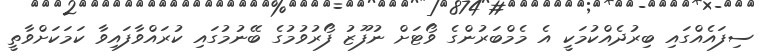
ސިފައެއްގައި ބިރުދެއްކުމަކީ އެ މެމްބަރުންގެ ވޯޓަށް ނުފޫޒު ފޯރުވުމުގެ ބޭނުމުގައި ކުރައްވާފައިވާ ކަމަކަށްވާތީ